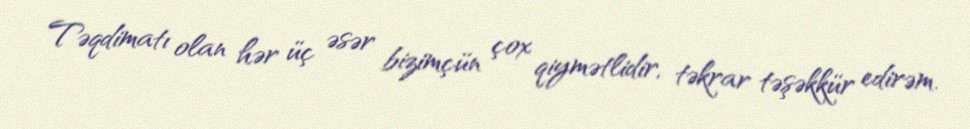
Təqdimatı olan hər üç əsər bizimçün çox qiymətlidir, təkrar təşəkkür edirəm.